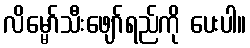
လိမ္မော်သီးဖျော်ရည်ကို ပေးပါ။